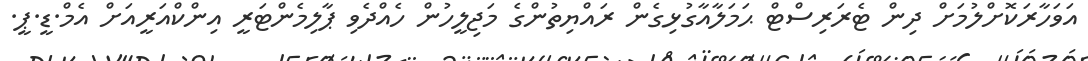
އަވަހާރަކޮށްލުމަށް ދިން ޓެރަރިސްޓް ޙަމަލާއާގުޅިގެން ރައްޔިތުންގެ މަޖިލީހުން ހެއްދެވި ޕާލިމެންޓަރީ އިންކްއަރީއަށް އެމް.ޑީ.ޕީ.